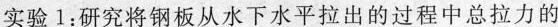
实验1：研究将钢板从水下水平拉出的过程中总拉力的